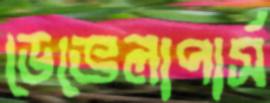
ডেভেলাপার্স